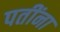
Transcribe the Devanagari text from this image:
पतींना